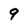
Character: 9